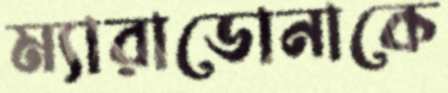
ম্যারাডোনাকে